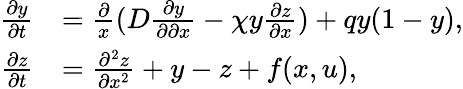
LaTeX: \begin{array}{rl}{\frac{\partial y}{\partial t}}&{=\frac{\partial}{x}(D\frac{\partial y}{\partial\partial x}-\chi y\frac{\partial z}{\partial x})+qy(1-y),}\\ {\frac{\partial z}{\partial t}}&{=\frac{\partial^{2}z}{\partial x^{2}}+y-z+f(x,u),}\end{array}